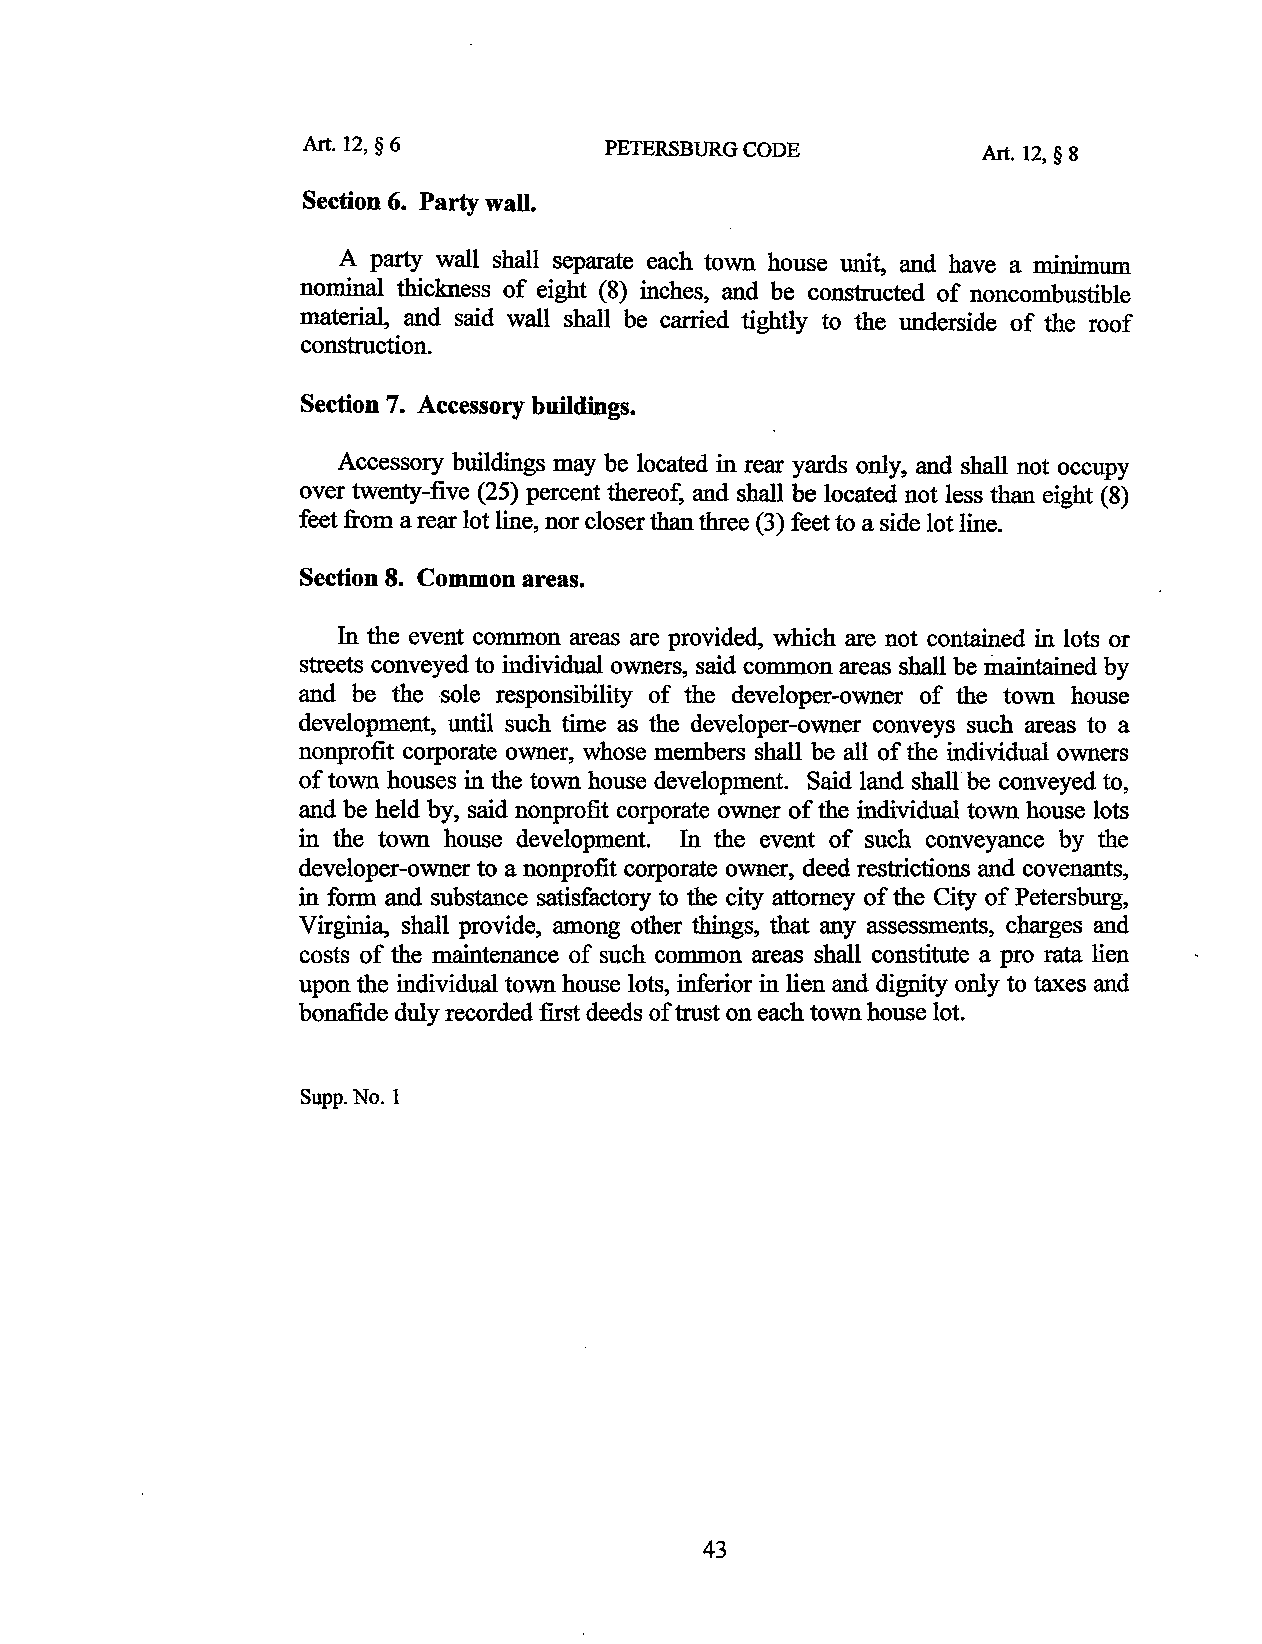
Art. 12, § 6        PETERSBURG CODE          Art. 12, § 8
 Section 6. Party wall.
 A party wall shall separate each town house unit, and have a minimum
 nominal thickness of eight (8) inches, and be constructed of noncombustible
 material, and said wall shall be carried tightly to the underside of the roof
 construction.
 Section 7. Accessory buildings.
 Accessory buildings may be located in rear yards only, and shall not occupy
 over twenty-five (25) percent thereof, and shall be located not less than eight (8)
 feet from a rear lot line, nor closer than three (3) feet to a side lot line.
 Section 8. Common areas.
 In the event common areas are provided, which are not contained in lots or
 streets conveyed to individual owners, said common areas shall be ffiaintained by
 and be the sole responsibility of the developer-owner of the town house
 development, until such time as the developer-owner conveys such areas to a
 nonprofit corporate owner, whose members shall be all of the individual owners
 of town houses in the town house development. Said land shall be conveyed to,
 and be held by, said nonprofit corporate owner of the individual town house lots
 in the town house development. In the event of such conveyance by the
 developer-owner to a nonprofit corporate owner, deed restrictions and covenants,
 in form and substance satisfactory to the city attorney of the City of Petersburg,
 Virginia, shall provide, among other things, that any assessments, charges and
 costs of the maintenance of such common areas shall constitute a pro rata lien
 upon the individual town house lots, inferior in lien and dignity only to taxes and
 bonafide duly recorded first deeds of trust on each town house lot.
 Supp. No. I
 43